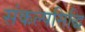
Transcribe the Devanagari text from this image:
संकल्पसिद्धि